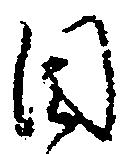
目